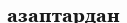
азаптардан